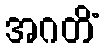
အဂတိံ